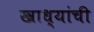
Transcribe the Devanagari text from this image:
खाध्यांची